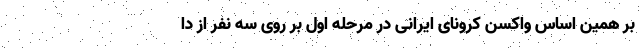
بر همین اساس واکسن کرونای ایرانی در مرحله اول بر روی سه نفر از دا